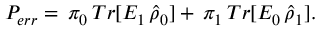
\begin{array} { r } { P _ { e r r } = \, \pi _ { 0 } \, T r [ E _ { 1 } \, \hat { \rho } _ { 0 } ] + \, \pi _ { 1 } \, T r [ E _ { 0 } \, \hat { \rho } _ { 1 } ] . } \end{array}